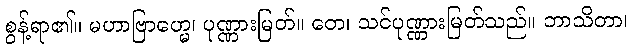
စွန့်ရာ၏။ မဟာဗြာဟ္မေ၊ ပုဏ္ဏားမြတ်။ တေ၊ သင်ပုဏ္ဏားမြတ်သည်။ ဘာသိတာ၊